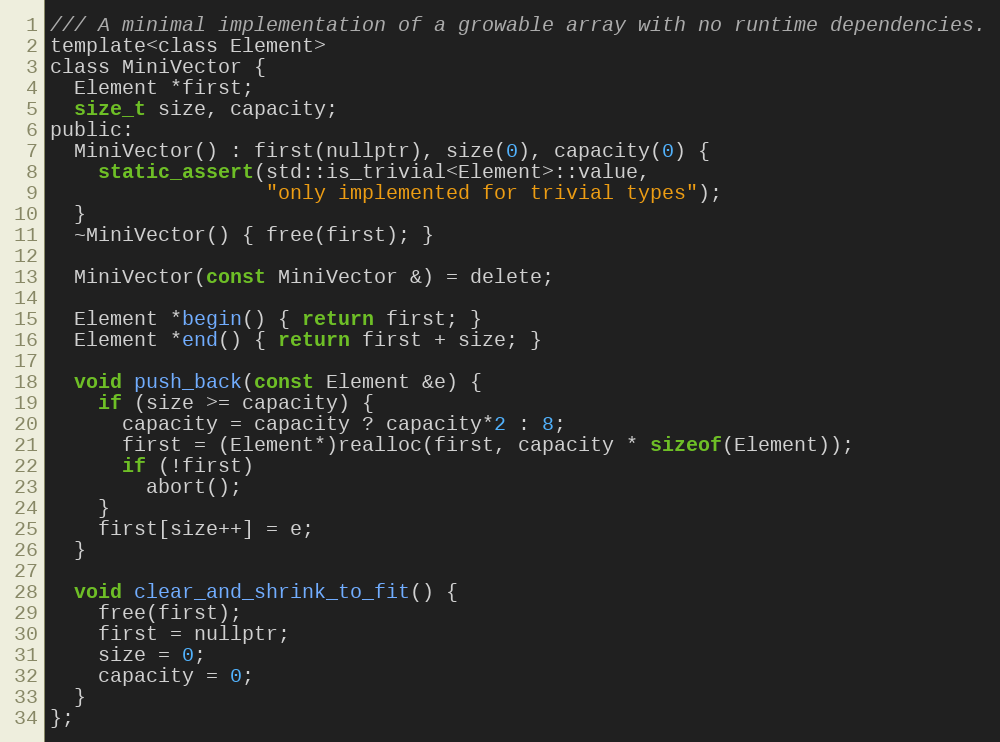
Language: C
/// A minimal implementation of a growable array with no runtime dependencies.
template<class Element>
class MiniVector {
  Element *first;
  size_t size, capacity;
public:
  MiniVector() : first(nullptr), size(0), capacity(0) {
    static_assert(std::is_trivial<Element>::value,
                  "only implemented for trivial types");
  }
  ~MiniVector() { free(first); }

  MiniVector(const MiniVector &) = delete;

  Element *begin() { return first; }
  Element *end() { return first + size; }

  void push_back(const Element &e) {
    if (size >= capacity) {
      capacity = capacity ? capacity*2 : 8;
      first = (Element*)realloc(first, capacity * sizeof(Element));
      if (!first)
        abort();
    }
    first[size++] = e;
  }

  void clear_and_shrink_to_fit() {
    free(first);
    first = nullptr;
    size = 0;
    capacity = 0;
  }
};